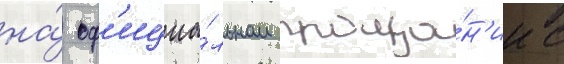
на́ оф'ициа́льном проща́н'ии с